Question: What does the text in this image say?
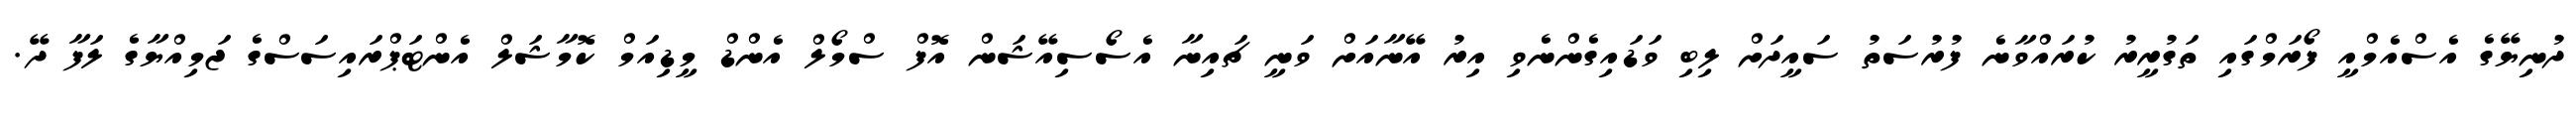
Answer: ދުނިޔޭގެ އެސްއެމްއީ ފޯރަމްގައި ތަގުރީރު ކުރައްވާނެ ފުރުސަތު ސައީދަށް ލިބި ވަޑައިގެންނެވި އިރު އޭނާއަށް ވަނީ ޗައިނާ އެސޯސިއޭޝަން އޮފް ސްމޯލް އެންޑް މީޑިއަމް ކޮމާޝަލް އެންޓަޕްރައިސަސްގެ ޖަމިއްޔާގެ ލަފާ ދޭ.